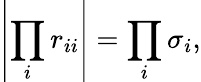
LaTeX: \left|\prod_{i}r_{ii}\right|=\prod_{i}\sigma_{i},